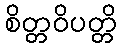
စိတ္တဝိပတ္တိ